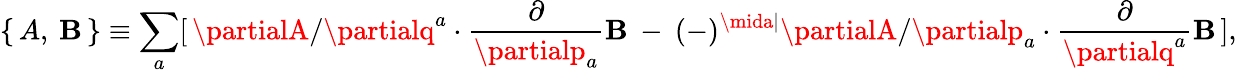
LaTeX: \{ \, A,\: \mathbf{B}\, \} \equiv\sum_{a}[\, \partialA/\partialq^{a}\cdot\frac{{\partial}}{{\partialp_{a}}}\mathbf{B}\: -\: (-)^{\mida\mid}\partialA/\partialp_{a}\cdot\frac{{\partial}}{{\partialq^{a}}}\mathbf{B}\, ],